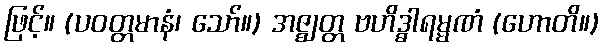
ဖြင့်။ (ပဝတ္တမာနံ၊ သော်။) အဇ္ဈတ္တ ဗဟိဒ္ဓါရမ္မဏံ (ဟောတိ။)